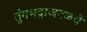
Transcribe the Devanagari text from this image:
तुंगभद्राजवळचे